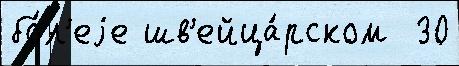
бо́л'еjе шв'ейца́рском  30